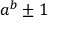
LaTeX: a ^ { b } \pm 1